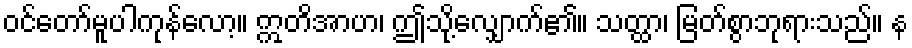
ဝင်တော်မူပါကုန်လော့။ ဣတိအာဟ၊ ဤသို့လျှောက်၏။ သတ္ထာ၊ မြတ်စွာဘုရားသည်။ န